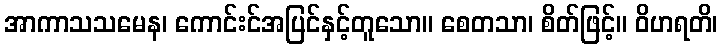
အာကာသသမေန၊ ကောင်းင်အပြင်နှင့်တူသော။ စေတသာ၊ စိတ်ဖြင့်။ ဝိဟရတိ၊